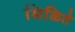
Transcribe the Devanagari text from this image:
मिळिते